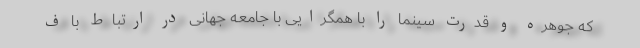
که جوهره و قدرت سینما را با همگرایی با جامعه جهانی در ارتباط با ف